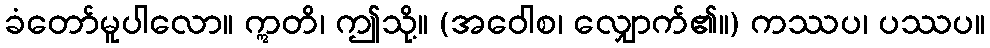
ခံတော်မူပါလော။ ဣတိ၊ ဤသို့။ (အဝေါစ၊ လျှောက်၏။) ကဿပ၊ ပဿပ။